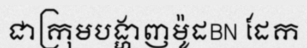
ជាក្រុមបង្ហាញម៉ូដBN ដែក